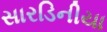
સારડિનીયા